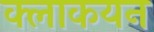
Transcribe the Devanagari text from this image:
क्लाकयन